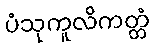
ပံသုကူလိကတ္တံ